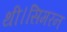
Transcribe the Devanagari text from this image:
थी।सिमरन